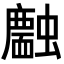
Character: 𧓣